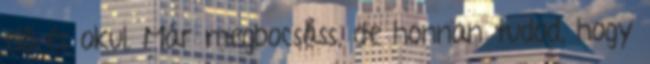
elő és okul. Már megbocsáss, de honnan tudod, hogy